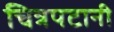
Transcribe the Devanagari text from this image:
चित्रपटानी